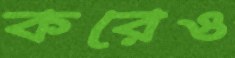
করেও